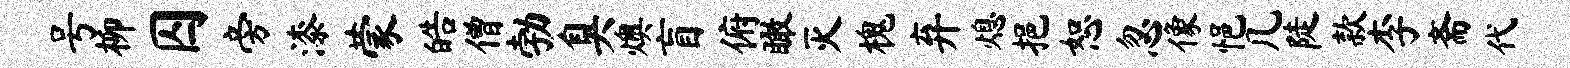
号柳囚旁漆蒙皓僧勃臭燠盲俯瞰灭槐弃熄挹恕忽像悒几陡款李斋代